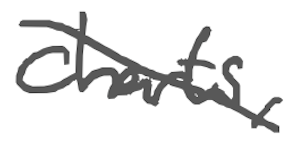
Text: charts,
Cross-out: diagonal
Writing tool: digital_gray